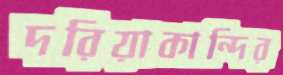
দরিয়াকান্দির